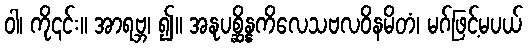
ဝါ၊ ကို၎င်း။ အာရဗ္ဘ၊ ၍။ အနုပစ္ဆိန္နကိလေသဗလဝိနမိတံ၊ မဂ်ဖြင့်မပယ်